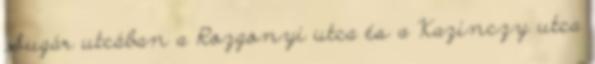
Sugár utcában a Rozgonyi utca és a Kazinczy utca